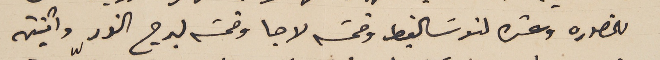
للمنصوره وعشره لنوسَالغيط وخمسة لاجا وخمسة لبرج النور واثنتين